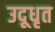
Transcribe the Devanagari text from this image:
उदूधृत